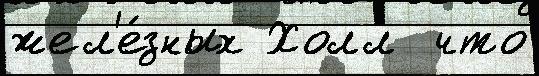
жел'е́зных Холл  что